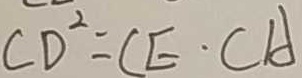
C D ^ { 2 } = C E \cdot C A